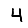
Digit: 4